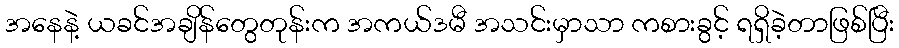
အနေနဲ့ ယခင်အချိန်တွေတုန်းက အကယ်ဒမီ အသင်းမှာသာ ကစားခွင့် ရရှိခဲ့တာဖြစ်ပြီး